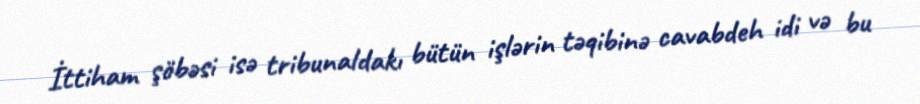
İttiham şöbəsi isə tribunaldakı bütün işlərin təqibinə cavabdeh idi və bu